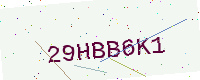
Text: 29HBB6K1